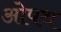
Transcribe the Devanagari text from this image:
ओपथ